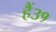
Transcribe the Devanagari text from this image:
हैं३१